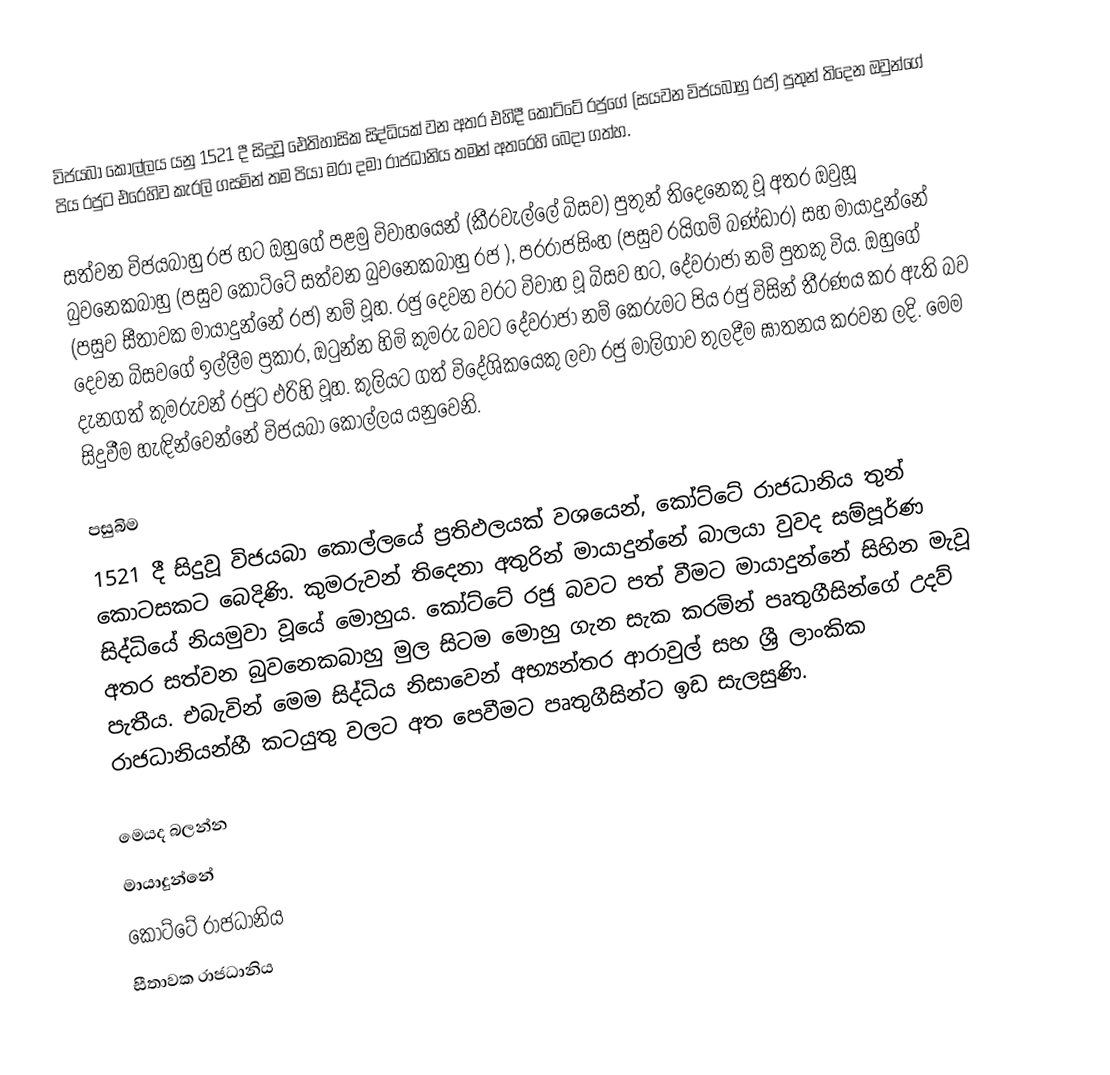
විජයබා කොල්ලය යනු  1521 දී සිදුවූ ඓතිහාසික සිද්ධියක් වන අතර එහිදී කෝට්ටේ රජුගේ (සයවන විජයබාහු රජ) පුතුන් තිදෙන ඔවුන්ගේ පිය රජුට එරෙහිව කැරලි ගසමින් තම පියා මරා දමා රාජධානිය තමන් අතරෙහි බෙදා ගත්හ.

සත්වන විජයබාහු  රජ හට ඔහුගේ පළමු විවාහයෙන් (කීරවැල්ලේ බිසව) පුතුන් තිදෙනෙකු වූ අතර ඔවුහූ  බුවනෙකබාහු (පසුව කෝට්ටේ  සත්වන බුවනෙකබාහු රජ ), පරරාජසිංහ (පසුව රයිගම් බණ්ඩාර) සහ  මායාදුන්නේ (පසුව සීතාවක මායාදුන්නේ රජ) නම් වූහ. රජු දෙවන වරට විවාහ වූ බිසව හට, දේවරාජා නම් පුතකු විය. ඔහුගේ දෙවන බිසවගේ ඉල්ලීම ප්‍රකාර, ඔටුන්න හිමි කුමරු බවට දේවරාජා නම් කෙරුමට පිය රජු විසින් තීරණය කර ඇති බව දැනගත් කුමරුවන් රජුට එරිහි වූහ. කුලියට ගත් විදේශිකයෙකු ලවා රජු මාලිගාව තුලදීම ඝාතනය කරවන ලදි. මෙම සිදුවීම හැඳින්වෙන්නේ විජයබා කොල්ලය යනුවෙනි.

පසුබිම
1521 දී සිදුවූ විජයබා කොල්ලයේ ප්‍රතිඵලයක් වශයෙන්, කෝට්ටේ රාජධානිය තුන් කොටසකට බෙදිණි. කුමරුවන් තිදෙනා අතුරින්  මායාදුන්නේ බාලයා වුවද සම්පූර්ණ සිද්ධියේ නියමුවා වූයේ මොහුය. කෝට්ටේ රජු බවට පත් වීමට මායාදුන්නේ සිහින මැවූ අතර සත්වන බුවනෙකබාහු මුල සිටම මොහු ගැන සැක කරමින්  පෘතුගීසින්ගේ උදව් පැතීය. එබැවින් මෙම සිද්ධිය නිසාවෙන් අභ්‍යන්තර ආරාවුල් සහ  ශ්‍රී ලාංකික රාජධානියන්හී කටයුතු වලට අත පෙවීමට පෘතුගීසින්ට ඉඩ සැලසුණි.

මෙයද බලන්න
 මායාදුන්නේ
 කෝට්ටේ රාජධානිය
 සීතාවක රාජධානිය